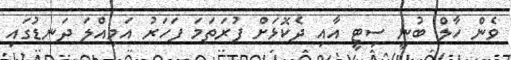
ވެން ހާލް ބުނީ ސިޓީ އާއި ދެކޮޅަށް ފުރަތަމަ ފަހަރު އަމިއްލަ ދަނޑުގައި